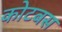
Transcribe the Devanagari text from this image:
कोटबस